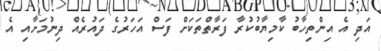
އަދި އެ އިންތިހާބު ކާމިޔާބުކުރާ ފަރާތްތަކަށް ފަސް އަހަރުގެ ދައުރެއް ދިނުމަށާއި އެ